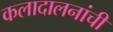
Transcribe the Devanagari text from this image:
कलादालनांची